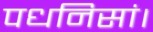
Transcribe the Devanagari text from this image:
पधनिसां।